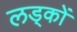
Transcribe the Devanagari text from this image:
लड्कों